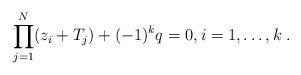
LaTeX: \begin{align*}\prod_{j=1}^{N}(z_{i}+T_{j})+(-1)^{k}q=0,i=1,\ldots ,k\;.\end{align*}